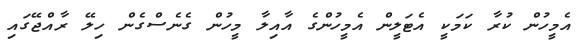
އެމީހުން ކުރާ ކަމަކީ އެޓަލީން އެމީހުންގެ އާއިލާ މީހުން ގެނެސްގެން ހިލޭ ރާއްޖޭގައި